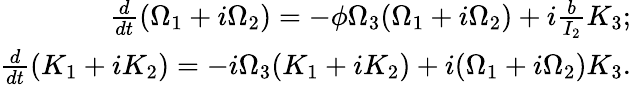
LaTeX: \begin{array}{r}{\frac{d}{dt}(\Omega_{1}+i\Omega_{2})=-\phi\Omega_{3}(\Omega_{1}+i\Omega_{2})+i\frac{b}{I_{2}}K_{3};}\\ {\frac{d}{dt}(K_{1}+iK_{2})=-i\Omega_{3}(K_{1}+iK_{2})+i(\Omega_{1}+i\Omega_{2})K_{3}.}\end{array}